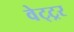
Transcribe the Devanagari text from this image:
वेट्ट्रर